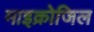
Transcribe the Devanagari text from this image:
माइक्रोजिल